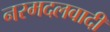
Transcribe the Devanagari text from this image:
नरमदलवादी